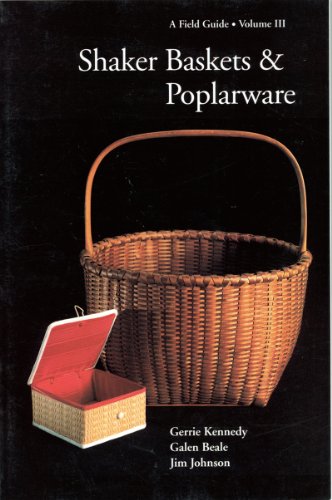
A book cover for Shaker Baskets and Poplarware (Field Guides) (Volume 3); Galen Beale; Christian Books & Bibles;